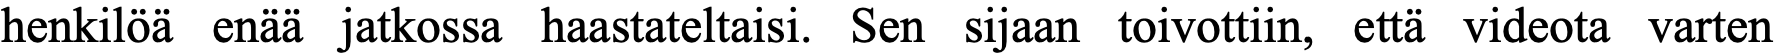
henkilöä enää jatkossa haastateltaisi. Sen sijaan toivottiin, että videota varten